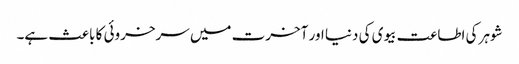
شوہر کی اطاعت بیوی کی دنیا اور آخرت میں سرخروئی کا باعث ہے۔